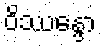
ဝိဿန္ဒော